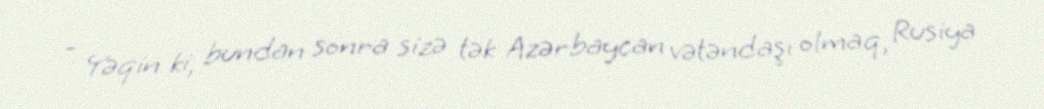
- Yəqin ki, bundan sonra sizə tək Azərbaycan vətəndaşı olmaq, Rusiya